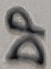
Text: DP